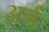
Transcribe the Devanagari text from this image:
अर्च